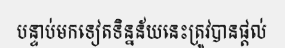
បន្ទាប់មកទៀតទិន្នន័យនេះត្រូវបានផ្តល់